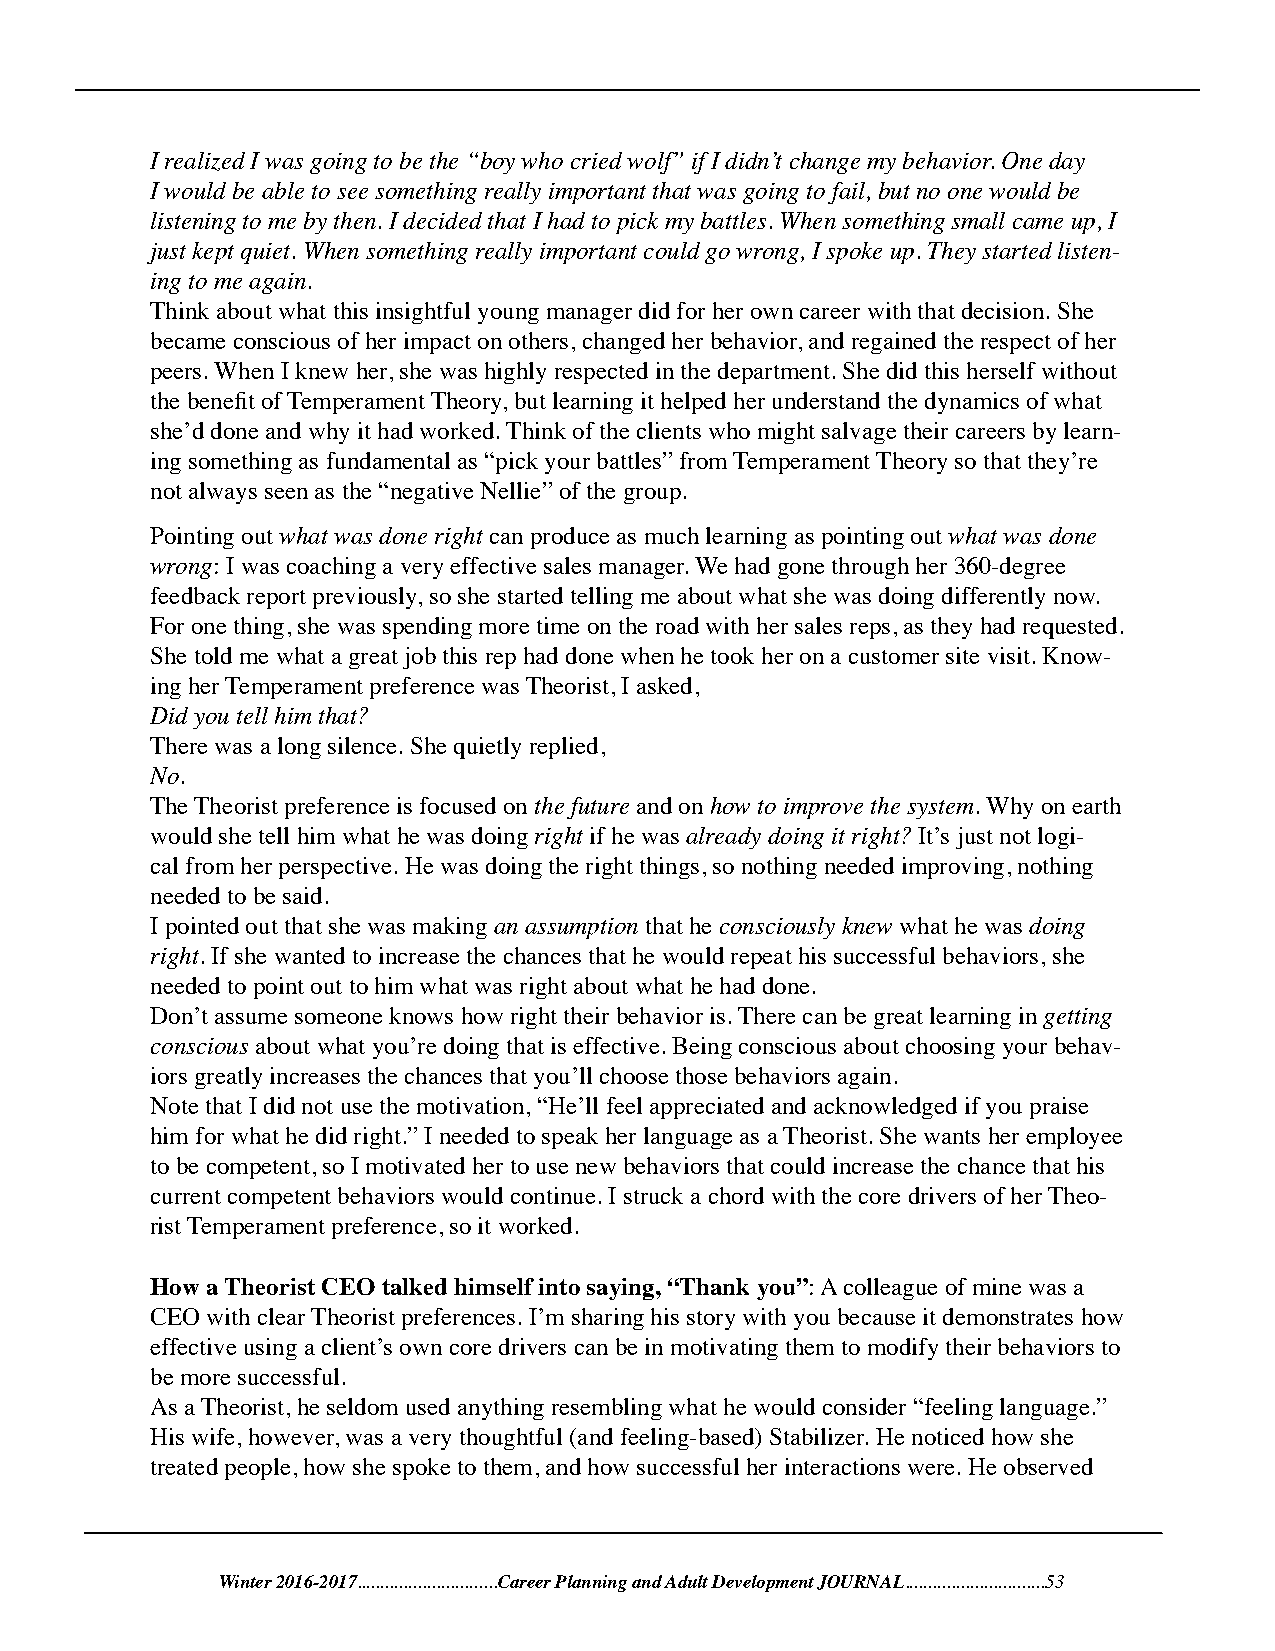
I realized I was going to be the “boy who cried wolf” if I didn’t change my behavior. One day
 I would be able to see something really important that was going to fail, but no one would be
 listening to me by then. I decided that I had to pick my battles. When something small came up, I
 just kept quiet. When something really important could go wrong, I spoke up. They started listen-
 ing to me again.
 Think about what this insightful young manager did for her own career with that decision. She
 became conscious of her impact on others, changed her behavior, and regained the respect of her
 peers. When I knew her, she was highly respected in the department. She did this herself without
 the benefit of Temperament Theory, but learning it helped her understand the dynamics of what
 she’d done and why it had worked. Think of the clients who might salvage their careers by learn-
 ing something as fundamental as “pick your battles” from Temperament Theory so that they’re
 not always seen as the “negative Nellie” of the group.
 Pointing out what was done right can produce as much learning as pointing out what was done
 wrong: I was coaching a very effective sales manager. We had gone through her 360-degree
 feedback report previously, so she started telling me about what she was doing differently now.
 For one thing, she was spending more time on the road with her sales reps, as they had requested.
 She told me what a great job this rep had done when he took her on a customer site visit. Know-
 ing her Temperament preference was Theorist, I asked,
 Did you tell him that?
 There was a long silence. She quietly replied,
 No.
 The Theorist preference is focused on the future and on how to improve the system. Why on earth
 would she tell him what he was doing right if he was already doing it right? It’s just not logi-
 cal from her perspective. He was doing the right things, so nothing needed improving, nothing
 needed to be said.
 I pointed out that she was making an assumption that he consciously knew what he was doing
 right. If she wanted to increase the chances that he would repeat his successful behaviors, she
 needed to point out to him what was right about what he had done.
 Don’t assume someone knows how right their behavior is. There can be great learning in getting
 conscious about what you’re doing that is effective. Being conscious about choosing your behav-
 iors greatly increases the chances that you’ll choose those behaviors again.
 Note that I did not use the motivation, “He’ll feel appreciated and acknowledged if you praise
 him for what he did right.” I needed to speak her language as a Theorist. She wants her employee
 to be competent, so I motivated her to use new behaviors that could increase the chance that his
 current competent behaviors would continue. I struck a chord with the core drivers of her Theo-
 rist Temperament preference, so it worked.
 How a Theorist CEO talked himself into saying, “Thank you”: A colleague of mine was a
 CEO with clear Theorist preferences. I’m sharing his story with you because it demonstrates how
 effective using a client’s own core drivers can be in motivating them to modify their behaviors to
 be more successful.
 As a Theorist, he seldom used anything resembling what he would consider “feeling language.”
 His wife, however, was a very thoughtful (and feeling-based) Stabilizer. He noticed how she
 treated people, how she spoke to them, and how successful her interactions were. He observed
 Winter 2016-2017..............................Career Planning and Adult Development JOURNAL..............................53